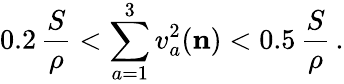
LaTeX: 0.2\, \frac S\rho<\sum_{a=1}^{3}v_{a}^{2}({\mathbf{n}})<0.5\, \frac S\rho\, .